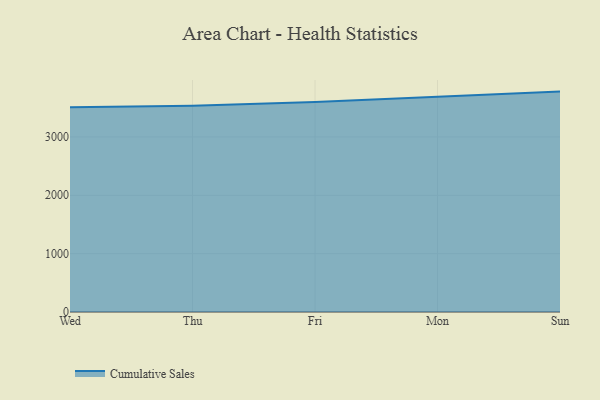
{"axis": {"x": "Day", "y": "Population (Million)"}, "legend": ["Cumulative Sales"], "data": [{"x": "Wed", "y": 3506.7, "type": "Cumulative Sales"}, {"x": "Thu", "y": 3534.7, "type": "Cumulative Sales"}, {"x": "Fri", "y": 3598.8, "type": "Cumulative Sales"}, {"x": "Mon", "y": 3691.4, "type": "Cumulative Sales"}, {"x": "Sun", "y": 3776.3, "type": "Cumulative Sales"}]}